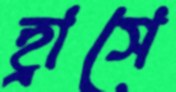
হ্রাসে